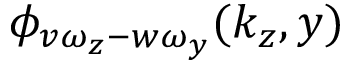
\phi _ { v \omega _ { z } - w \omega _ { y } } ( k _ { z } , y )